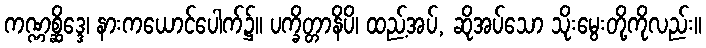
ကဏ္ဏစ္ဆိဒ္ဒေ၊ နားကယောင်ပေါက်၌။ ပက္ခိတ္တာနိပိ၊ ထည့်အပ်, ဆိုအပ်သော သိုးမွေးတို့ကိုလည်း။